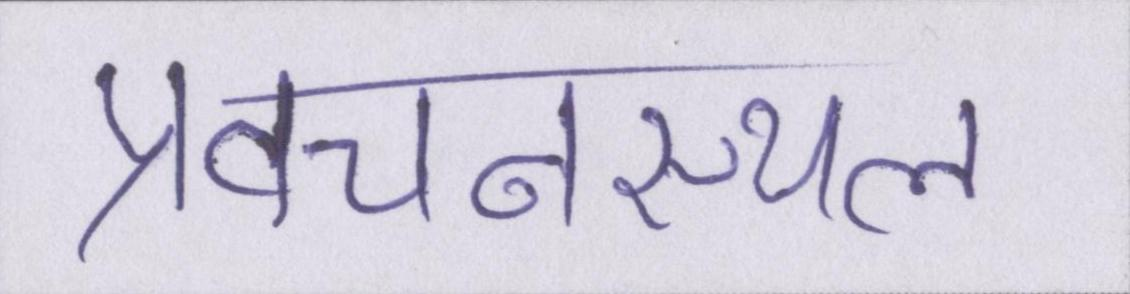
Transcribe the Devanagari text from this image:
प्रवचनस्थल